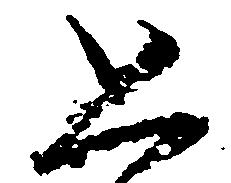
恐